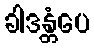
ခါဒန္တံပေ